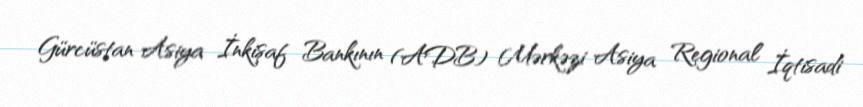
Gürcüstan Asiya İnkişaf Bankının (ADB) Mərkəzi Asiya Regional İqtisadi